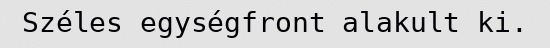
Széles egységfront alakult ki.